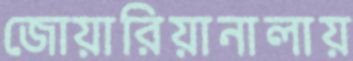
জোয়ারিয়ানালায়